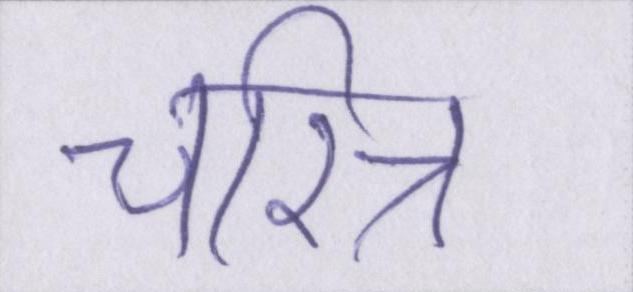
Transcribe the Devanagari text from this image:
चरित्र